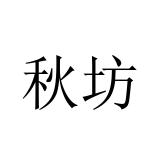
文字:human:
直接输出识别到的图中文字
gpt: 秋坊